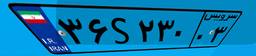
۴۳S۷۷۵۳۲